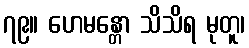
၇၉။ ဟေမန္တော သိသိရ မုတူ၊